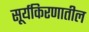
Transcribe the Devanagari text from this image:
सूर्यकिरणातील